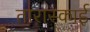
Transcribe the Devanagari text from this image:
तारास्काई